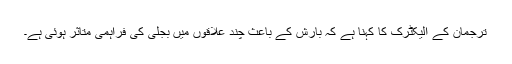
ترجمان کے الیکٹرک کا کہنا ہے کہ بارش کے باعث چند علاقوں میں بجلی کی فراہمی متاثر ہوئی ہے۔